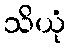
သိယုံ